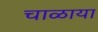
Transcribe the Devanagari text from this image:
चाळाया